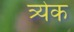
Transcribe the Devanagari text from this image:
त्र्येक